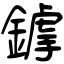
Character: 鎼